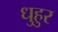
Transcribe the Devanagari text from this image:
धुहुर